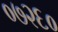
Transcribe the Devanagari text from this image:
०७२६०